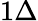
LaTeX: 1\Delta